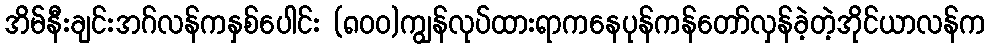
အိမ်နီးချင်းအဂ်လန်ကနှစ်ပေါင်း (၈၀၀)ကျွန်လုပ်ထားရာကနေပုန်ကန်တော်လှန်ခဲ့တဲ့အိုင်ယာလန်က